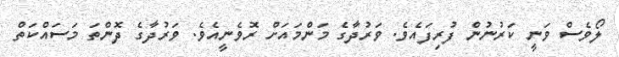
ލޯވެސް ވަނީ ކަރުނުން ފުރިފައެވެ. ވަރުދާގެ މަންމައަށް ރޮވެނީއެވެ. ވަރުދާގެ ދޮންތަ މަސައްކަތް